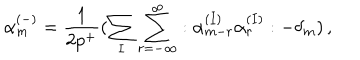
LaTeX: \alpha _ { m } ^ { ( - ) } = \frac { 1 } { 2 p ^ { + } } ( \sum _ { I } \sum _ { r = - \infty } ^ { \infty } : \alpha _ { m - r } ^ { ( I ) } \alpha _ { r } ^ { ( I ) } : - \delta _ { m } ) \, ,